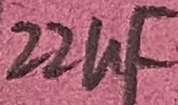
Text: 22uF